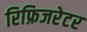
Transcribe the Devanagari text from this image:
रिफ्रिजरेटर